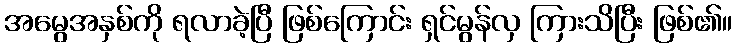
အမွေအနှစ်ကို ရလာခဲ့ပြီ ဖြစ်ကြောင်း ရှင်မွန်လှ ကြားသိပြီး ဖြစ်၏။